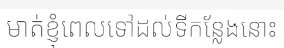
មាត់ខ្ញុំពេលទៅដល់ទីកន្លែងនោះ